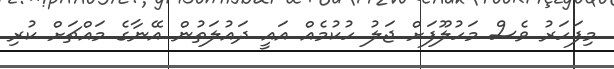
މިފަހަރު ވެސް މަހުލޫފަށް ޖަލު ހުކުމެއް އައީ ދައުލަތުން އޭނާގެ މައްޗަށް ކުރި